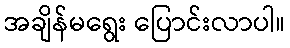
အချိန်မရွေး ပြောင်းလာပါ။